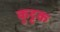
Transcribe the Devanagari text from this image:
कुुट्टक